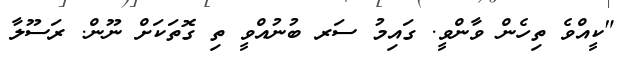
"ކީއްވެ ތިހެން ވާންވީ. ގައިމު ސަރ ބުނުއްވީ ތި ގޮތަކަށް ނޫން. ރަސޫލާ